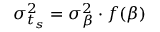
\sigma _ { t _ { s } } ^ { 2 } = \sigma _ { \beta } ^ { 2 } \cdot f ( \beta )